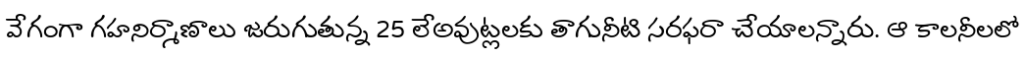
వేగంగా గహనిర్మాణాలు జరుగుతున్న 25 లేఅవుట్లలకు తాగునీటి సరఫరా చేయాలన్నారు. ఆ కాలనీలలో